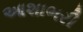
આશાભરી